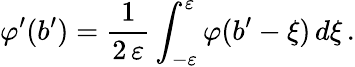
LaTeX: \varphi^{\prime}(b^{\prime})=\frac{1}{2\, \varepsilon}\int_{-\varepsilon}^{\varepsilon}\varphi(b^{\prime}-\xi)\, d\xi\, .